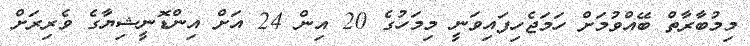
މިމުބާރާތް ބޭއްވުމަށް ހަމަޖެހިފައިވަނީ މިމަހުގެ 20 އިން 24 އަށް އިންޑޮނީޝިޔާގެ ވެރިރަށް